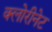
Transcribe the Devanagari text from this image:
क्लोरीनेट